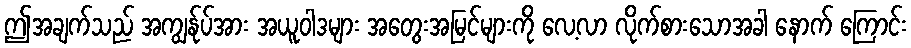
ဤအချက်သည် အကျွန်ုပ်အား အယူဝါဒများ အတွေးအမြင်များကို လေ့လာ လိုက်စားသောအခါ နောက် ကြောင်း